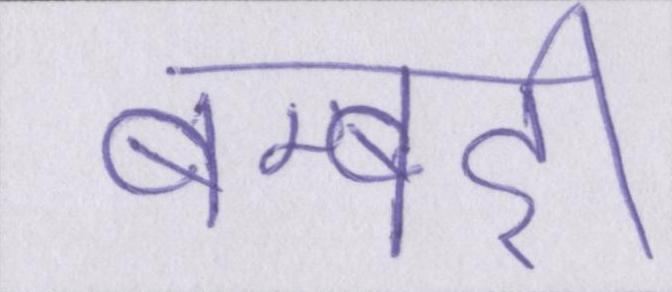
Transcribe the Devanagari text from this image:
बम्बर्इ